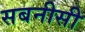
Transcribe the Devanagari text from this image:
सबनीसी